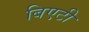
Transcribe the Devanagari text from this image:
बिएटी